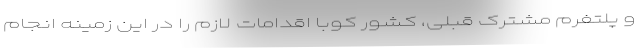
و پلتفرم مشترک قبلی، کشور کوبا اقدامات لازم را در این زمینه انجام